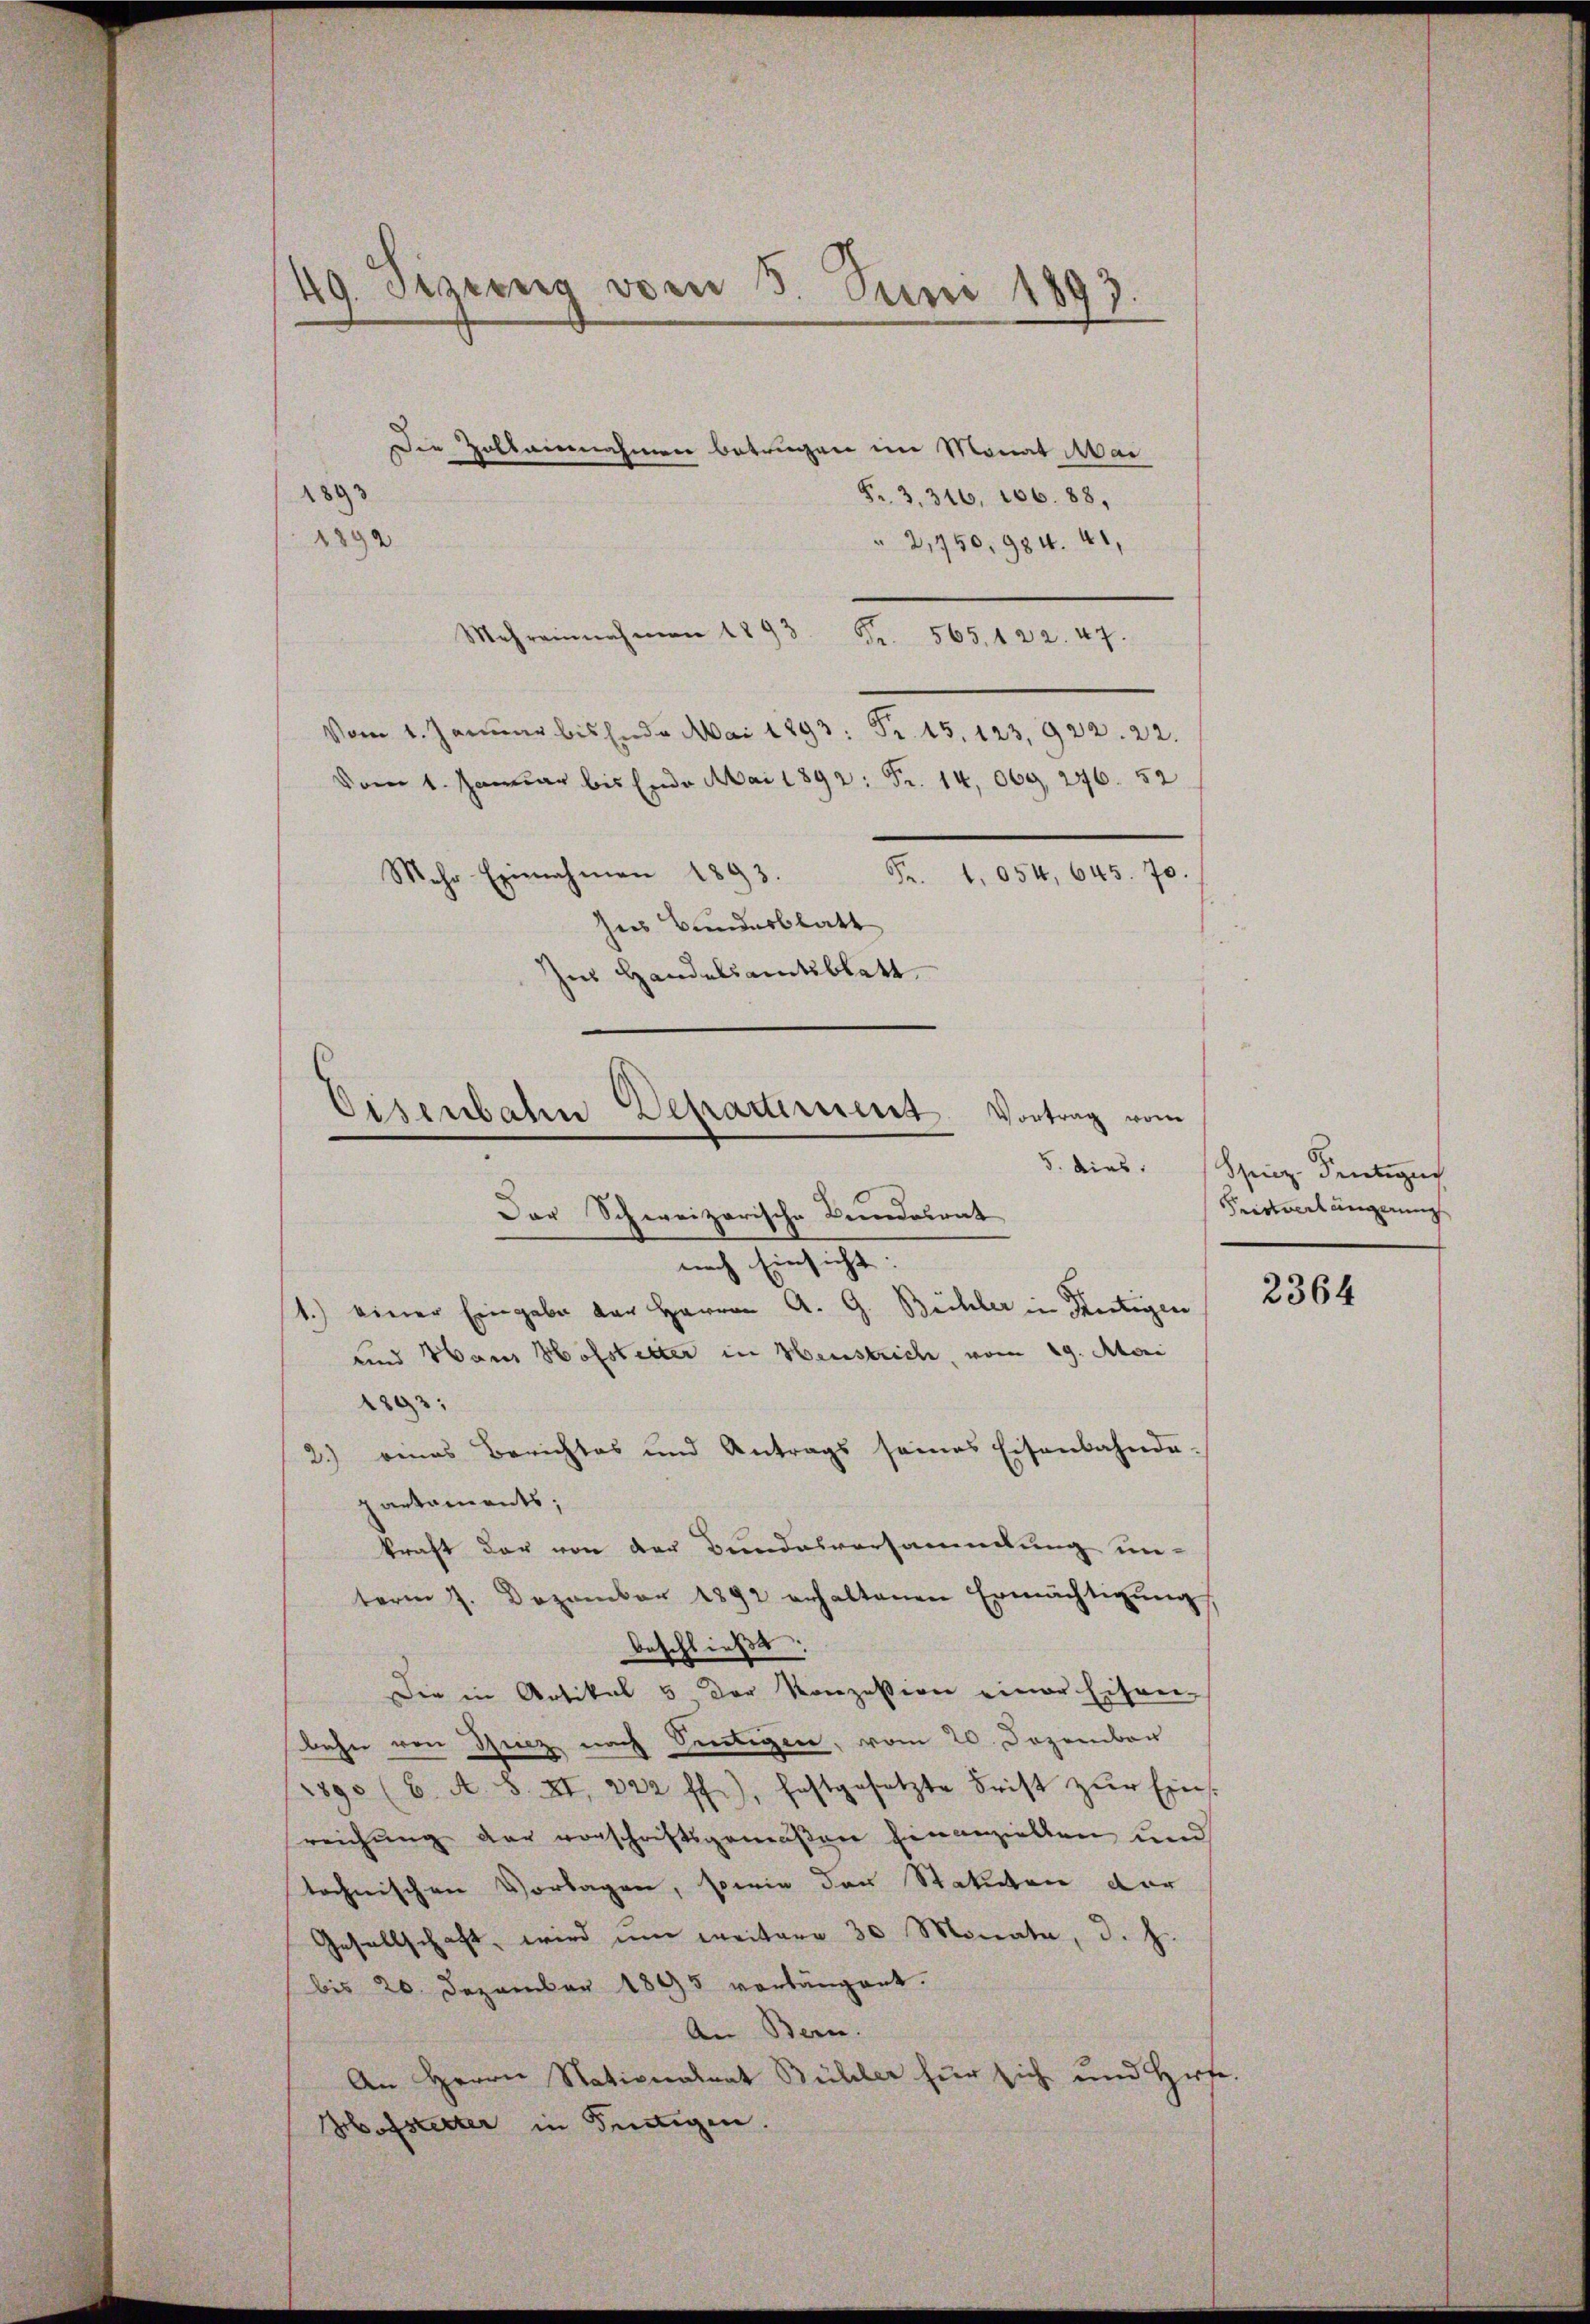
49. Sizung vom 5. Juni 1893
.

Die Zollainnahmen betrugen im Monat Mar
893
F. 3. 316, 106. 88,
1892
" 2,750, 984. 41,
Mehreinnahmen 1893
Fr. 565, 122. 47.
Vom 1. Januar bis Ende Mai 1893. Fr. 15. 123, 922. 22.
vom 1. Januar bis Ende Mai 1892: Fr. 14,069, 246. 52
Fr. 1054, 645. 70.
Mehr-Einnahmen 1893.
hes Bundesblatt
sus Handelsamtsblatt

1.) einer Eingabe der Herren A. G. Büchler in Hertigen
und Haus Hofstelter in Heustrich, vom 29. Mai
1893:
2.) eines Berichtes und Antrags seines Eisenbahnde-
partaments;
kraft der von der Bundesversammlung unterm 7. Dezember 1892 erhaltenen Ermächtigŭng
Beschließe
Die in Artikel 5 der Konzession einer Eisen-
bahn von Thurz nach Sentigen, vom 20. Dezember
/1890 (6. A. S. II, 222 ff.), festgesetzte Frist zŭr Eins
reichung der vorschriftsgemeßen hinanzielten und
technischen Vorlagen, sowie der Statuten der
Gesellschaft, wird ŭm weitere 30 Monate, d. h.
bis 20. Dezember 1895 vorlängert.
An Bern.
An Herrn Nationalrat Bühler für sich und Herfe.
Hofstetter in Fertigen.

Sisenbahn Departiment
Vortrag vom
5. dies.
Der Schweizerische Beendesrat
nach Einsicht.

Spiez, Frutiger
Krenterlängerung |

2364